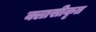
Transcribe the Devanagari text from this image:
क्लासीकृत